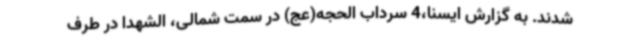
شدند. به گزارش ایسنا،4 سرداب الحجه(عج) در سمت شمالی، الشهدا در طرف